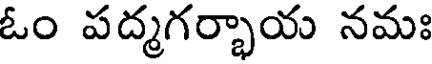
ఓం పద్మగర్భాయ నమః